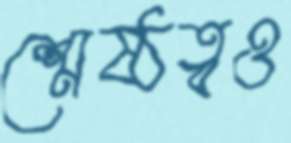
শ্রেষ্ঠত্বও